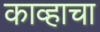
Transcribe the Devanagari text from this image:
काव्हाचा